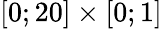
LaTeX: [0;20]\times[0;1]